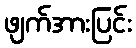
ဖျက်အားပြင်း